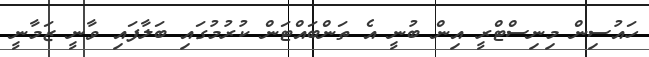
ހައުސިން މިނިސްޓްރީ އިން ބުނީ އެ ތަންބައްޓަން ކުރުމުގައި ބަލާފައި ވާނީ ޒަމާނީ